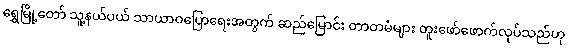
ရွှေမြို့တော် သူ့နယ်ပယ် သာယာဝပြောရေးအတွက် ဆည်မြောင်း တာတမံများ တူးဖော်ဖောက်လုပ်သည်ဟု